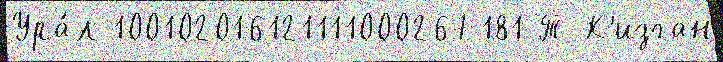
Ура́л 100102016121111000267181 Т К'изган